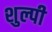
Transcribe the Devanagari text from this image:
शुल्पी